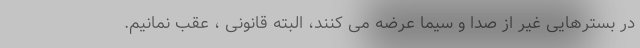
در بسترهایی غیر از صدا و سیما عرضه می کنند، البته قانونی ، عقب نمانیم.